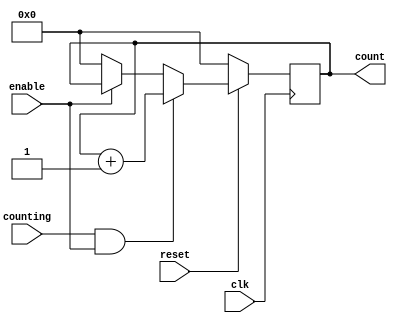
/*
    Counts from 0 - F and repeats
    when enabled, updates at the
    speed of the clock (if any)
*/
module DisplayCounter (
    input reset,
    input counting,
    input enable,
    input clk,
    output reg [17:0] count
    );

    always @(posedge clk)
    begin
        if (reset == 1'b0)
            count <= 0;
        else if (counting == 1'b1 && enable == 1'b1)
            count <= count + 1'b1;
        else if (enable == 1'b0)
            count <= 1'b0;
    end

endmodule